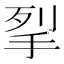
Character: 𭠧